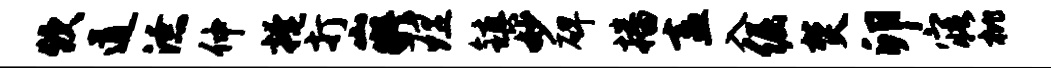
炊道潦仲掩打嶷理镇妙碑播盍入倔焚卯寤枇